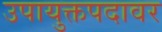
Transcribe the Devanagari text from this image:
उपायुक्तपदावर